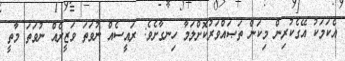
އެކަމަކު އޭގެކުރިން މިކަން ތަޞައްވަރުކޮށްލަމާ ހިނގާށެވެ: ރައީސެއް ނުވަތަ ވަޒީރެއް ނުވަތަ މާތީ